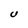
Character: U